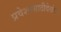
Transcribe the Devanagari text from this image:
प्रवेशासाठीदेखील